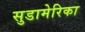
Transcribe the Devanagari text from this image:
सुडामेरिका